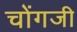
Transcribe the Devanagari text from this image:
चोंगजी